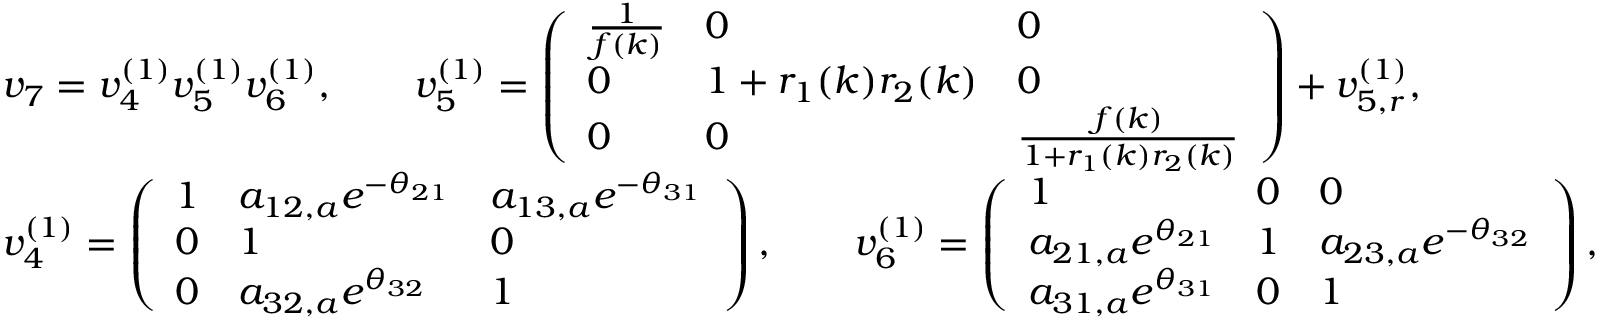
\begin{array} { r l } & { v _ { 7 } = v _ { 4 } ^ { ( 1 ) } v _ { 5 } ^ { ( 1 ) } v _ { 6 } ^ { ( 1 ) } , \qquad v _ { 5 } ^ { ( 1 ) } = \left( \begin{array} { l l l } { \frac { 1 } { f ( k ) } } & { 0 } & { 0 } \\ { 0 } & { 1 + r _ { 1 } ( k ) r _ { 2 } ( k ) } & { 0 } \\ { 0 } & { 0 } & { \frac { f ( k ) } { 1 + r _ { 1 } ( k ) r _ { 2 } ( k ) } } \end{array} \right) + v _ { 5 , r } ^ { ( 1 ) } , } \\ & { v _ { 4 } ^ { ( 1 ) } = \left( \begin{array} { l l l } { 1 } & { a _ { 1 2 , a } e ^ { - \theta _ { 2 1 } } } & { a _ { 1 3 , a } e ^ { - \theta _ { 3 1 } } } \\ { 0 } & { 1 } & { 0 } \\ { 0 } & { a _ { 3 2 , a } e ^ { \theta _ { 3 2 } } } & { 1 } \end{array} \right) , \qquad v _ { 6 } ^ { ( 1 ) } = \left( \begin{array} { l l l } { 1 } & { 0 } & { 0 } \\ { a _ { 2 1 , a } e ^ { \theta _ { 2 1 } } } & { 1 } & { a _ { 2 3 , a } e ^ { - \theta _ { 3 2 } } } \\ { a _ { 3 1 , a } e ^ { \theta _ { 3 1 } } } & { 0 } & { 1 } \end{array} \right) , } \end{array}